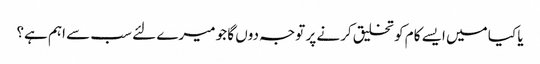
یا کیا میں ایسے کام کو تخلیق کرنے پر توجہ دوں گا جو میرے لئے سب سے اہم ہے؟